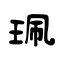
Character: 珮